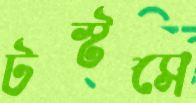
টস্‌টসে